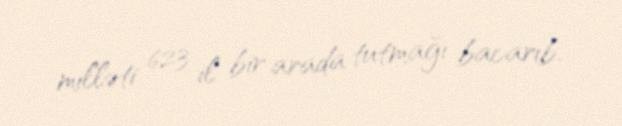
milləti 623 il bir arada tutmağı bacarıb.